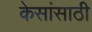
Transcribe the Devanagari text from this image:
केसांसाठी